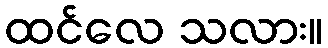
ထင်လေ သလား။